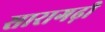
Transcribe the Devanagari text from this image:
सारागढ़ी